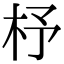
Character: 杼